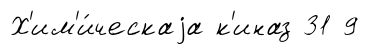
Х'им'и́ческаjа к'иназ 31 9